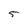
Character: 5